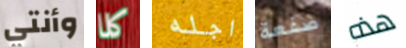
وأنتي كلا اجله صفعة هذه